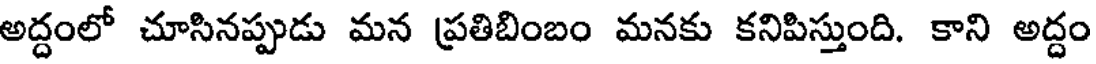
అద్దంలో చూసినప్పుడు మన ప్రతిబింబం మనకు కనిపిస్తుంది. కాని అద్దం